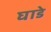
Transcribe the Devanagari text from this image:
घाडे